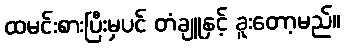
ထမင်းစားပြီးမှပင် တံချူနှင့် ခူးတော့မည်။